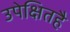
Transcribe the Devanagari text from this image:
उपेक्षितहै